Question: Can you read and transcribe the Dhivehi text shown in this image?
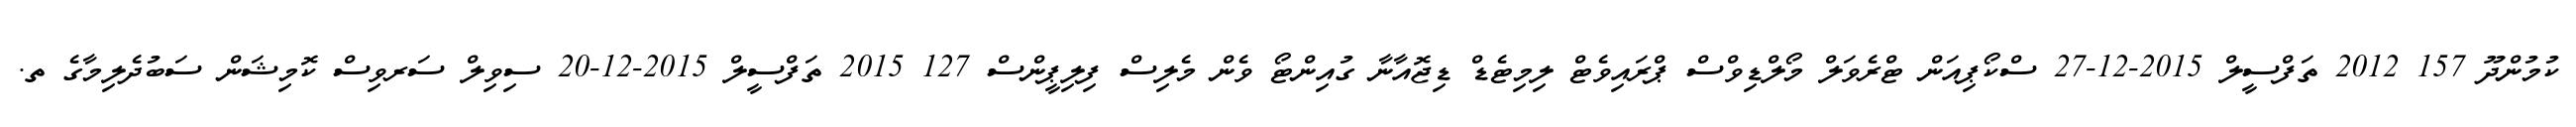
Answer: ކުމުންދޫ 157 2012 ތަފްސީލް 2015-12-27 ސްކޯޕިއަން ޓްރެވަލް މޯލްޑިވްސް ޕްރައިވެޓް ލިމިޓެޑް ޑިޖޮއާނާ ގުއިންޓޯ ވެން މެލިސް ފިލިޕީންސް 127 2015 ތަފްސީލް 2015-12-20 ސިވިލް ސަރވިސް ކޮމިޝަން ސަބުދެލިމާގެ ތ.